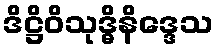
ဒိဋ္ဌိဝိသုဒ္ဓိနိဒ္ဒေသ